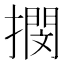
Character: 𢵢